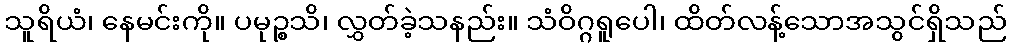
သူရိယံ၊ နေမင်းကို။ ပမုဉ္စသိ၊ လွှတ်ခဲ့သနည်း။ သံဝိဂ္ဂရူပေါ၊ ထိတ်လန့်သောအသွင်ရှိသည်